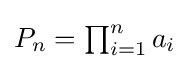
\textstyle P_{n}=\prod _{i=1}^{n}a_{i}